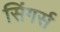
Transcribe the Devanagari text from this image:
सिंगर्स